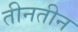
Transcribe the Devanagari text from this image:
तीनतीन